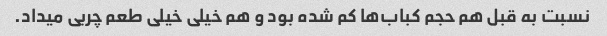
نسبت به قبل هم حجم کباب‌ها کم شده بود و هم خیلی خیلی طعم چربی میداد.